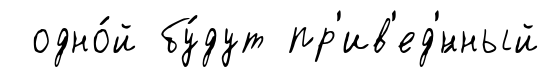
одно́й бу́дут пр'ив'ед'́нный